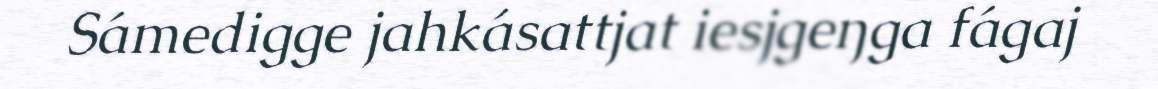
Sámedigge jahkásattjat iesjgeŋga fágaj